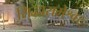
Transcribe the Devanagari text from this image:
सिद्धारामेश्वर